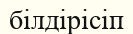
білдірісіп